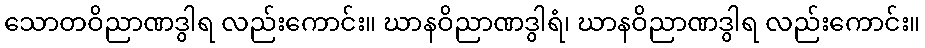
သောတဝိညာဏဒွါရ လည်းကောင်း။ ဃာနဝိညာဏဒွါရံ၊ ဃာနဝိညာဏဒွါရ လည်းကောင်း။